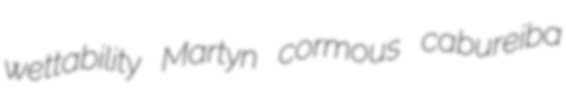
wettability Martyn cormous cabureiba